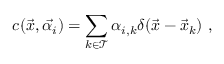
c ( \vec { x } , \vec { \alpha _ { i } } ) = \sum _ { k \in \mathcal { T } } \alpha _ { i , k } \delta ( \vec { x } - \vec { x } _ { k } ) \ ,